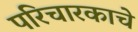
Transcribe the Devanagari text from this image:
परिचारकाचे